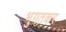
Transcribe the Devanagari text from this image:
भुगतकर